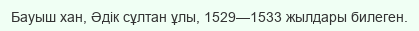
Бауыш хан, Әдік сұлтан ұлы, 1529—1533 жылдары билеген.